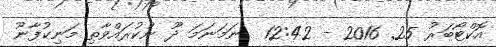
އޮކްޓޯބަރު 25